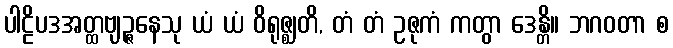
ပါဠိပဒအတ္ထဗျဉ္ဇနေသု ယံ ယံ ဝိရုဇ္ဈတိ, တံ တံ ဥဇုကံ ကတွာ ဒေန္တိ။ ဘဂဝတာ စ